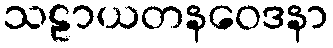
သဠာယတနဝေဒနာ